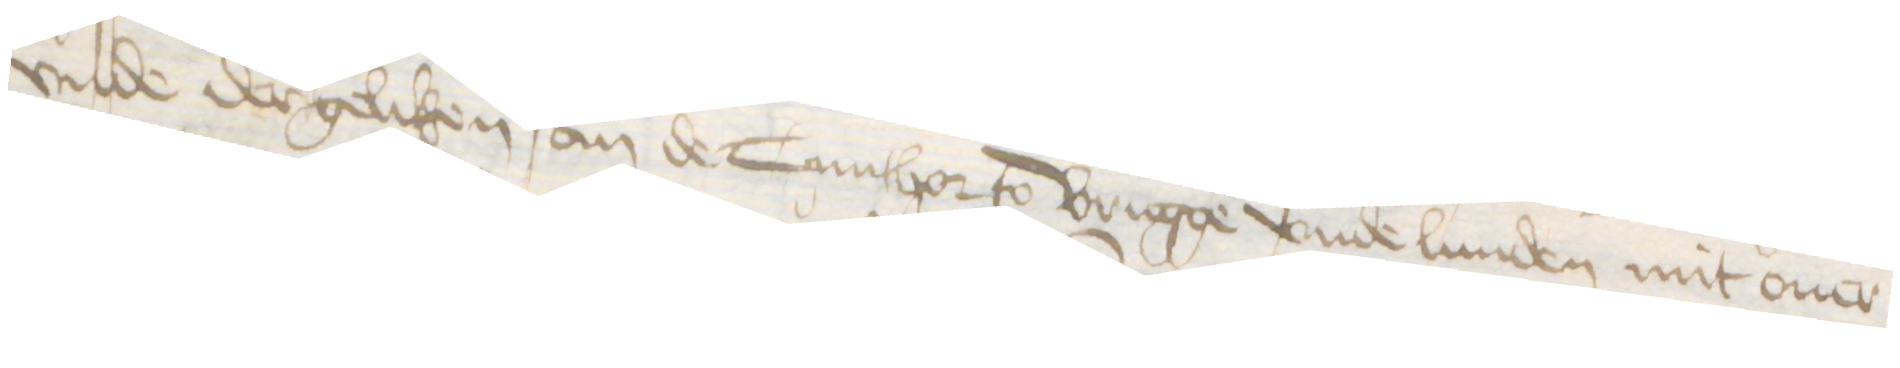
vnde dergeliken an de Cunthor to Brugge vnde Lunden mit ouer